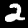
Label: 2